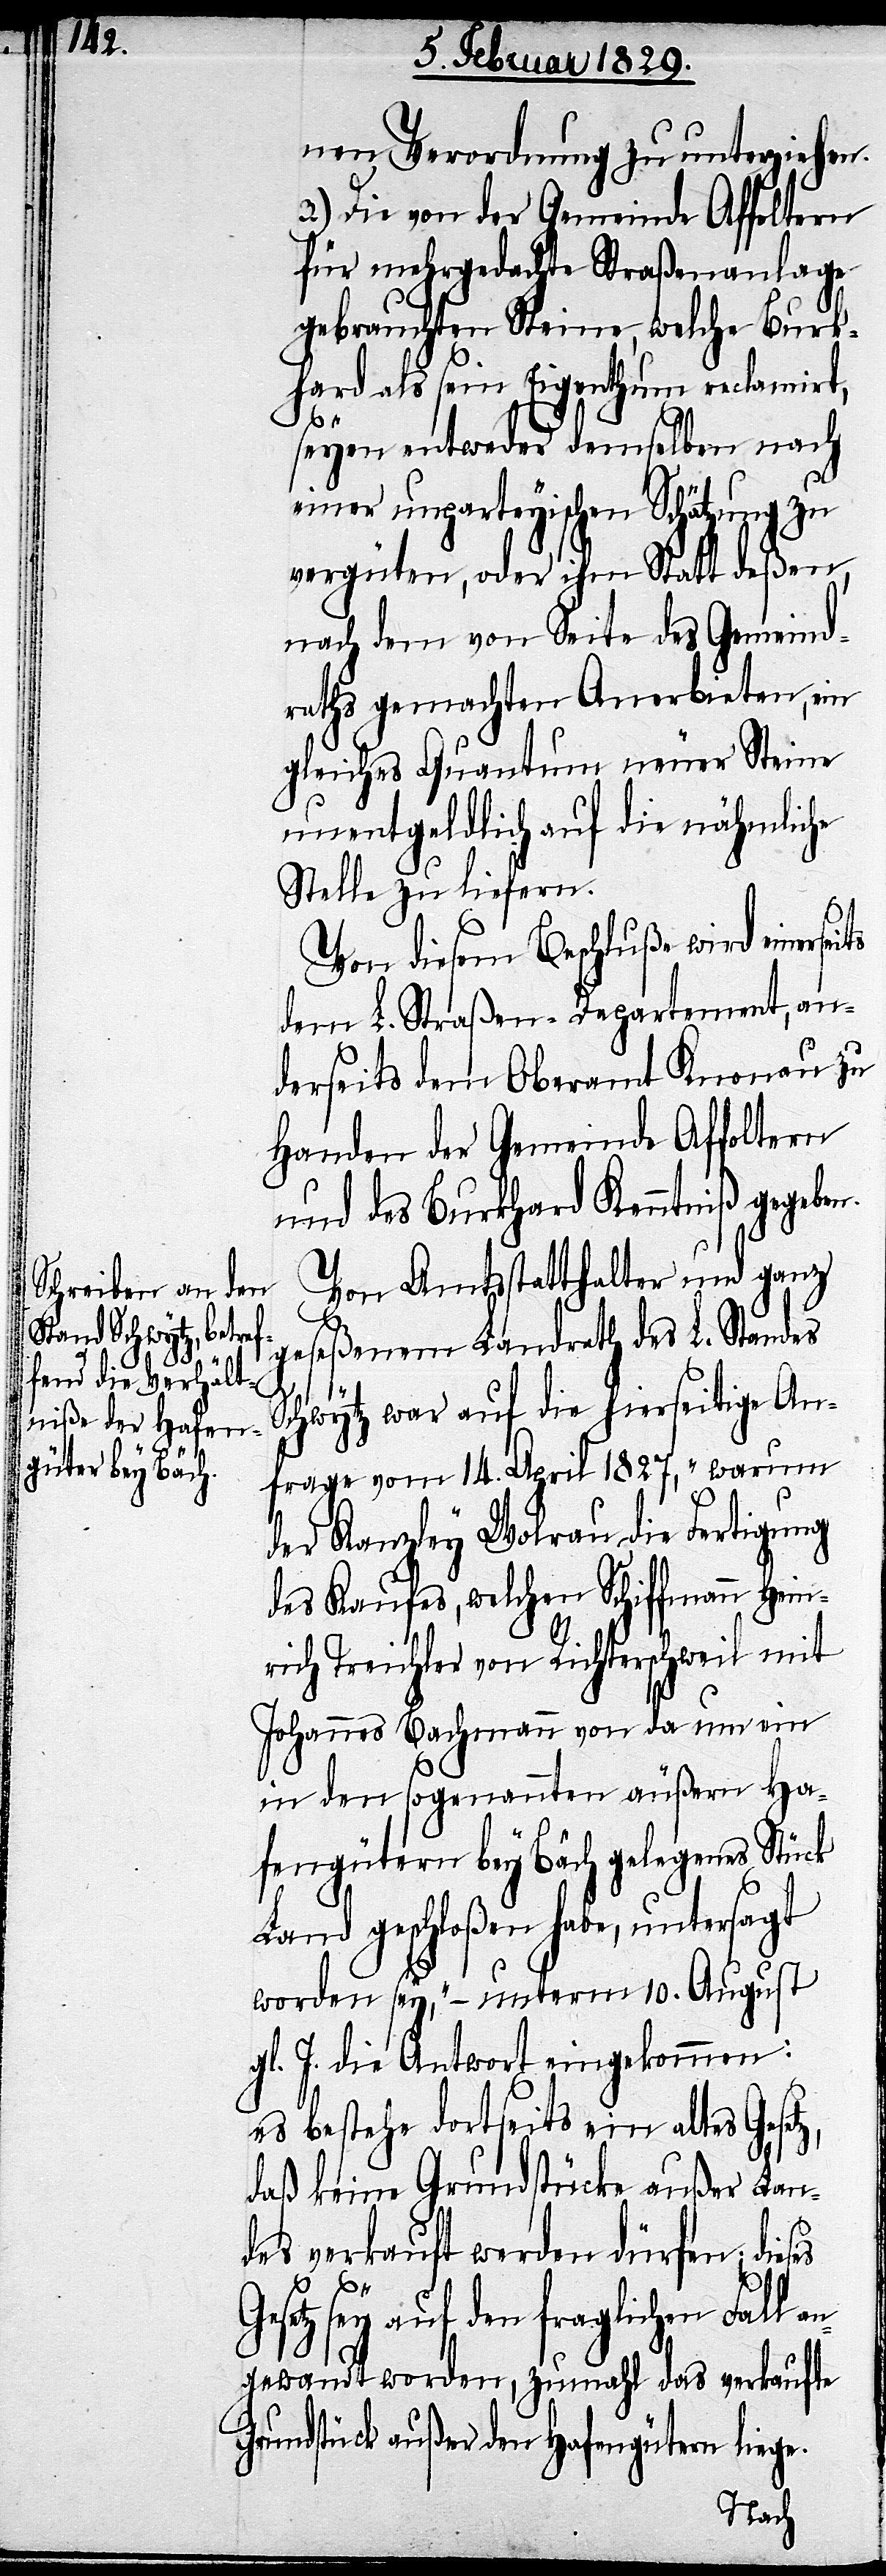
nen Verordnung zu unterziehen.
3.) Die von der Gemeinde Affoltern
für mehrgedachte Straßenanlage
gebrauchten Steine, welche Burk¬
hard als sein Eigenthum reclamirt,
Ge¬
seyen entweder demselben nach
einer unparteyischen Schätzung zu
vergüten, oder ihm Statt deßen,
nach dem von Seite des Gemeind¬
raths gemachten Anerbieten, ein
gleiches Quantum neuer Steine
unentgeldlich auf die nähmliche
Stelle zu liefern.
Von diesem Beschluße wird einerse¬
dem L. Straßen-Departement, an¬
derseits dem Oberamt Knonau zu
Handen der Gemeinde Affoltern
und des Burkhard Kenntniß gegeben.
Von Amtsstatthalter und ganz
geseßenem Landrath des L. Standes
z,
Schwytz war auf die hierseitige An¬
frage vom 14. April 1827, „warum
der Kanzley Wolrau die Fertigung
des Kaufes, welchen Schiffmann Hein¬
rich Treichler von Richterschweil mit
Johannes Bachmann von da um ein
in den sogenannten äußern Ha¬
fengütern bey Bäch gelegenes Stück
Land geschloßen habe, untersagt
worden sey,“– unterm 10. August
gl. J. die Antwort eingekommen:
Es bestehe dortseits ein altes Geset¬
daß keine Grundstücke außer Lan¬
des verkauft werden dürfe; dieses
setz sey auf den fraglichen Fal¬
gewandt worden, zumahl das verkaufte
Grundstück außer den Hafengütern liege.
l an¬